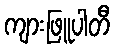
ကျားဖြူပါတီ